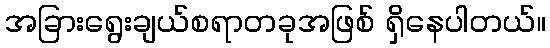
အခြားရွေးချယ်စရာတခုအဖြစ် ရှိနေပါတယ်။